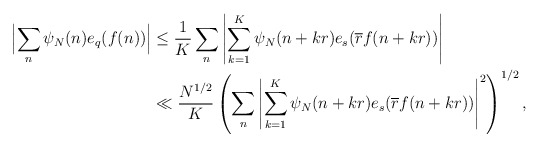
\begin{align*} \Bigl|\sum_n \psi_N(n) e_q(f(n))\Bigr| &\leq \frac{1}{K} \sum_n \left|\sum_{k=1}^K \psi_N(n+kr) e_{s}( \overline{r} f(n+kr) )\right| \\ & \ll \frac{N^{1/2}}{K} \left(\sum_n \left|\sum_{k=1}^K \psi_N(n+kr) e_{s}( \overline{r} f(n+kr) )\right|^2\right)^{1/2},\end{align*}